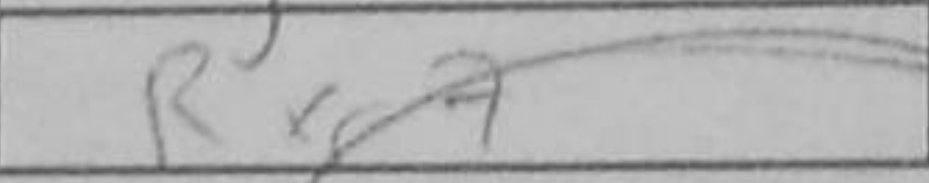
Transcription: Rxc7